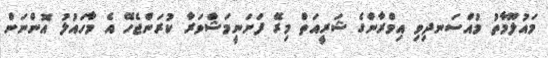
މައުލޫމާތު މުއްސަނދިވި އިމްރާންގެ ޝަރީއަތް މިރޭ ފަށަނީމަޝްވަރާ ކުރަންޖެހޭ އެ މާހައުލު އޮންނަން